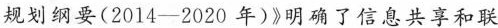
规划纲要(2014-2020年)》明确了信息共享和联